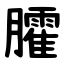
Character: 臛